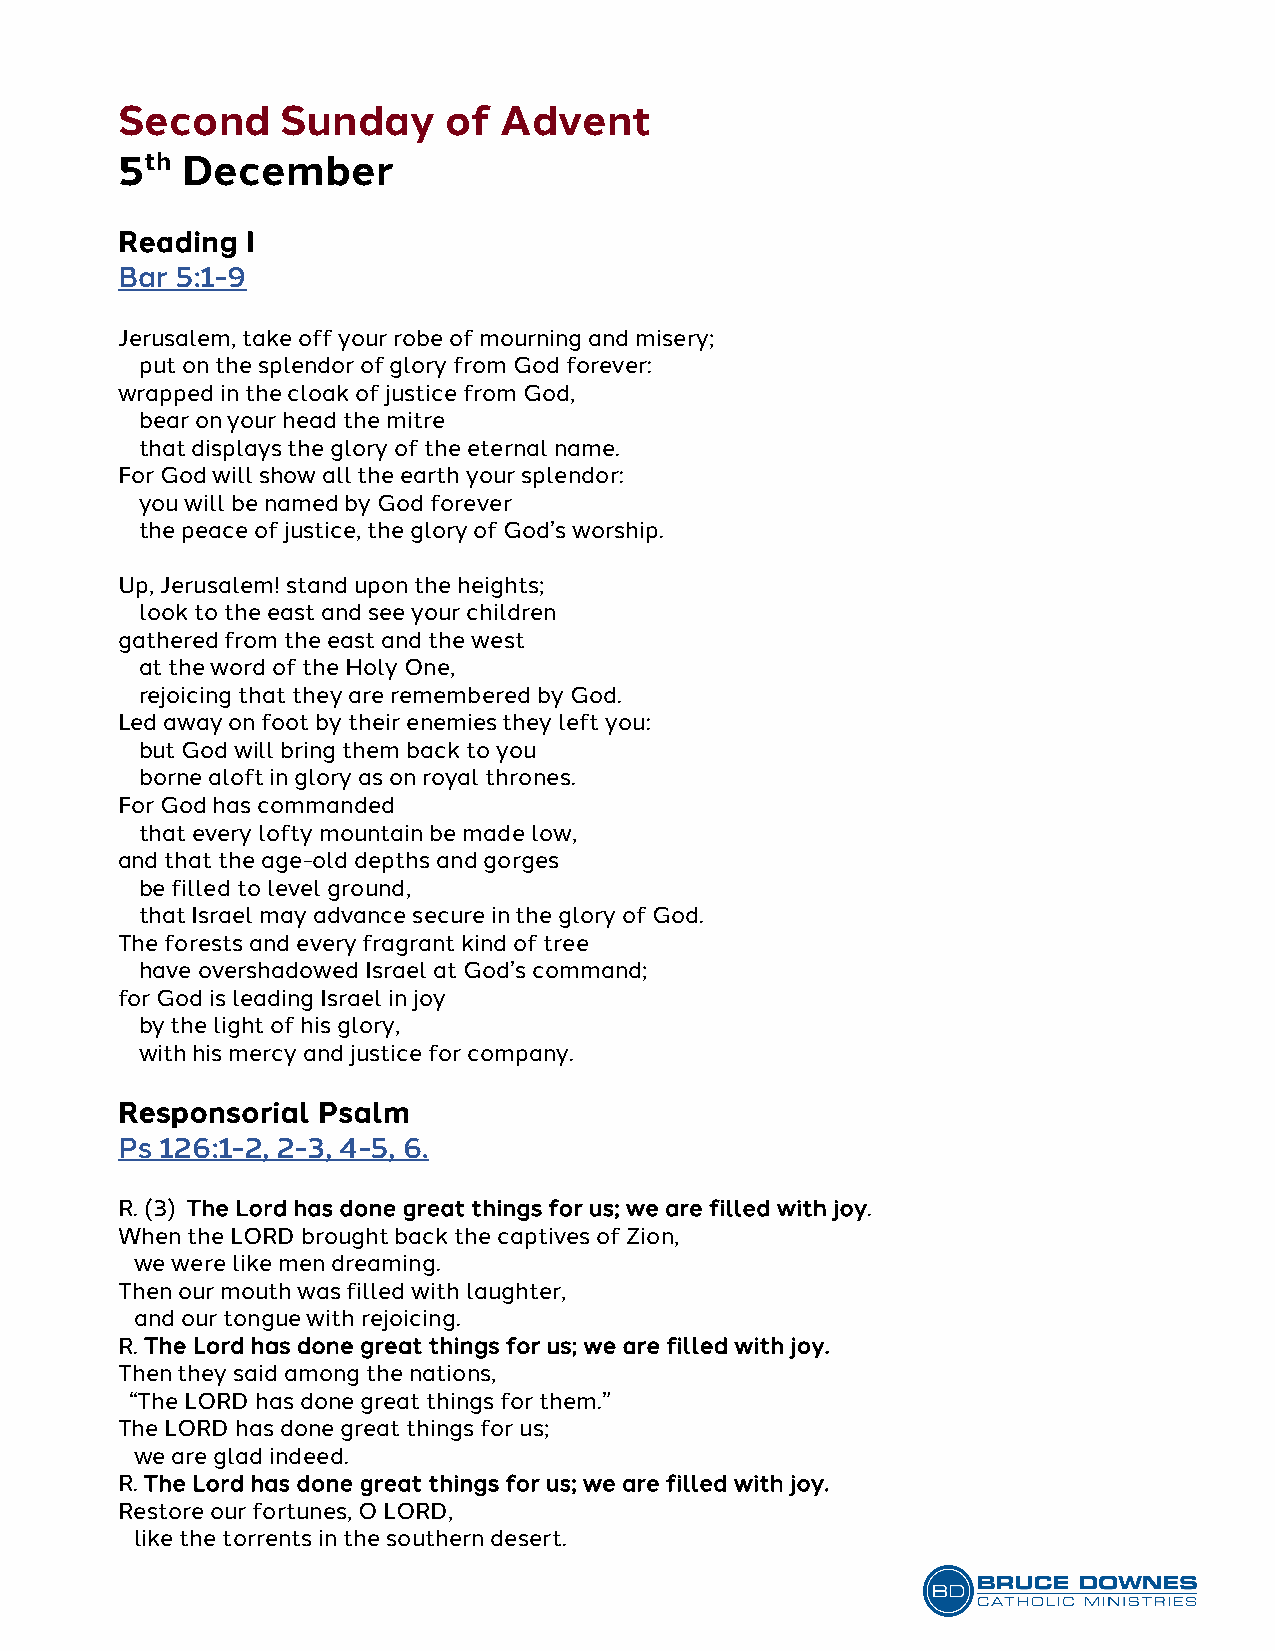
Second     Sunday    of  Advent
 5th December
 Reading I
 Bar 5:1-9
 Jerusalem, take off your robe of mourning and misery;
 put on the splendor of glory from God forever:
 wrapped in the cloak of justice from God,
 bear on your head the mitre
 that displays the glory of the eternal name.
 For God will show all the earth your splendor:
 you will be named by God forever
 the peace of justice, the glory of God’s worship.
 Up, Jerusalem! stand upon the heights;
 look to the east and see your children
 gathered from the east and the west
 at the word of the Holy One,
 rejoicing that they are remembered by God.
 Led away on foot by their enemies they left you:
 but God will bring them back to you
 borne aloft in glory as on royal thrones.
 For God has commanded
 that every lofty mountain be made low,
 and that the age-old depths and gorges
 be filled to level ground,
 that Israel may advance secure in the glory of God.
 The forests and every fragrant kind of tree
 have overshadowed Israel at God’s command;
 for God is leading Israel in joy
 by the light of his glory,
 with his mercy and justice for company.
 Responsorial Psalm
 Ps 126:1-2, 2-3, 4-5, 6.
 R. (3) The Lord has done great things for us; we are filled with joy.
 When the LORD brought back the captives of Zion,
 we were like men dreaming.
 Then our mouth was filled with laughter,
 and our tongue with rejoicing.
 R. The Lord has done great things for us; we are filled with joy.
 Then they said among the nations,
 “The LORD has done great things for them.”
 The LORD has done great things for us;
 we are glad indeed.
 R. The Lord has done great things for us; we are filled with joy.
 Restore our fortunes, O LORD,
 like the torrents in the southern desert.